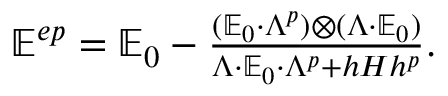
\begin{array} { r } { \mathbb E ^ { e p } = \mathbb E _ { 0 } - \frac { ( \mathbb E _ { 0 } \cdot \Lambda ^ { p } ) \otimes ( \Lambda \cdot \mathbb E _ { 0 } ) } { \Lambda \cdot \mathbb E _ { 0 } \cdot \Lambda ^ { p } + h H h ^ { p } } . } \end{array}